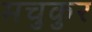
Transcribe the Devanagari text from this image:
मचुकुर